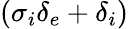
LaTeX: (\sigma_{i}\delta_{e}+\delta_{i})